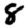
Digit: 8